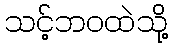
သင့်ဘဝထဲသို့